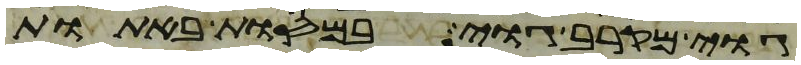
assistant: גוי מקרב גוי במסות באתות